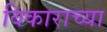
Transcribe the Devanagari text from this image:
विकाराच्या